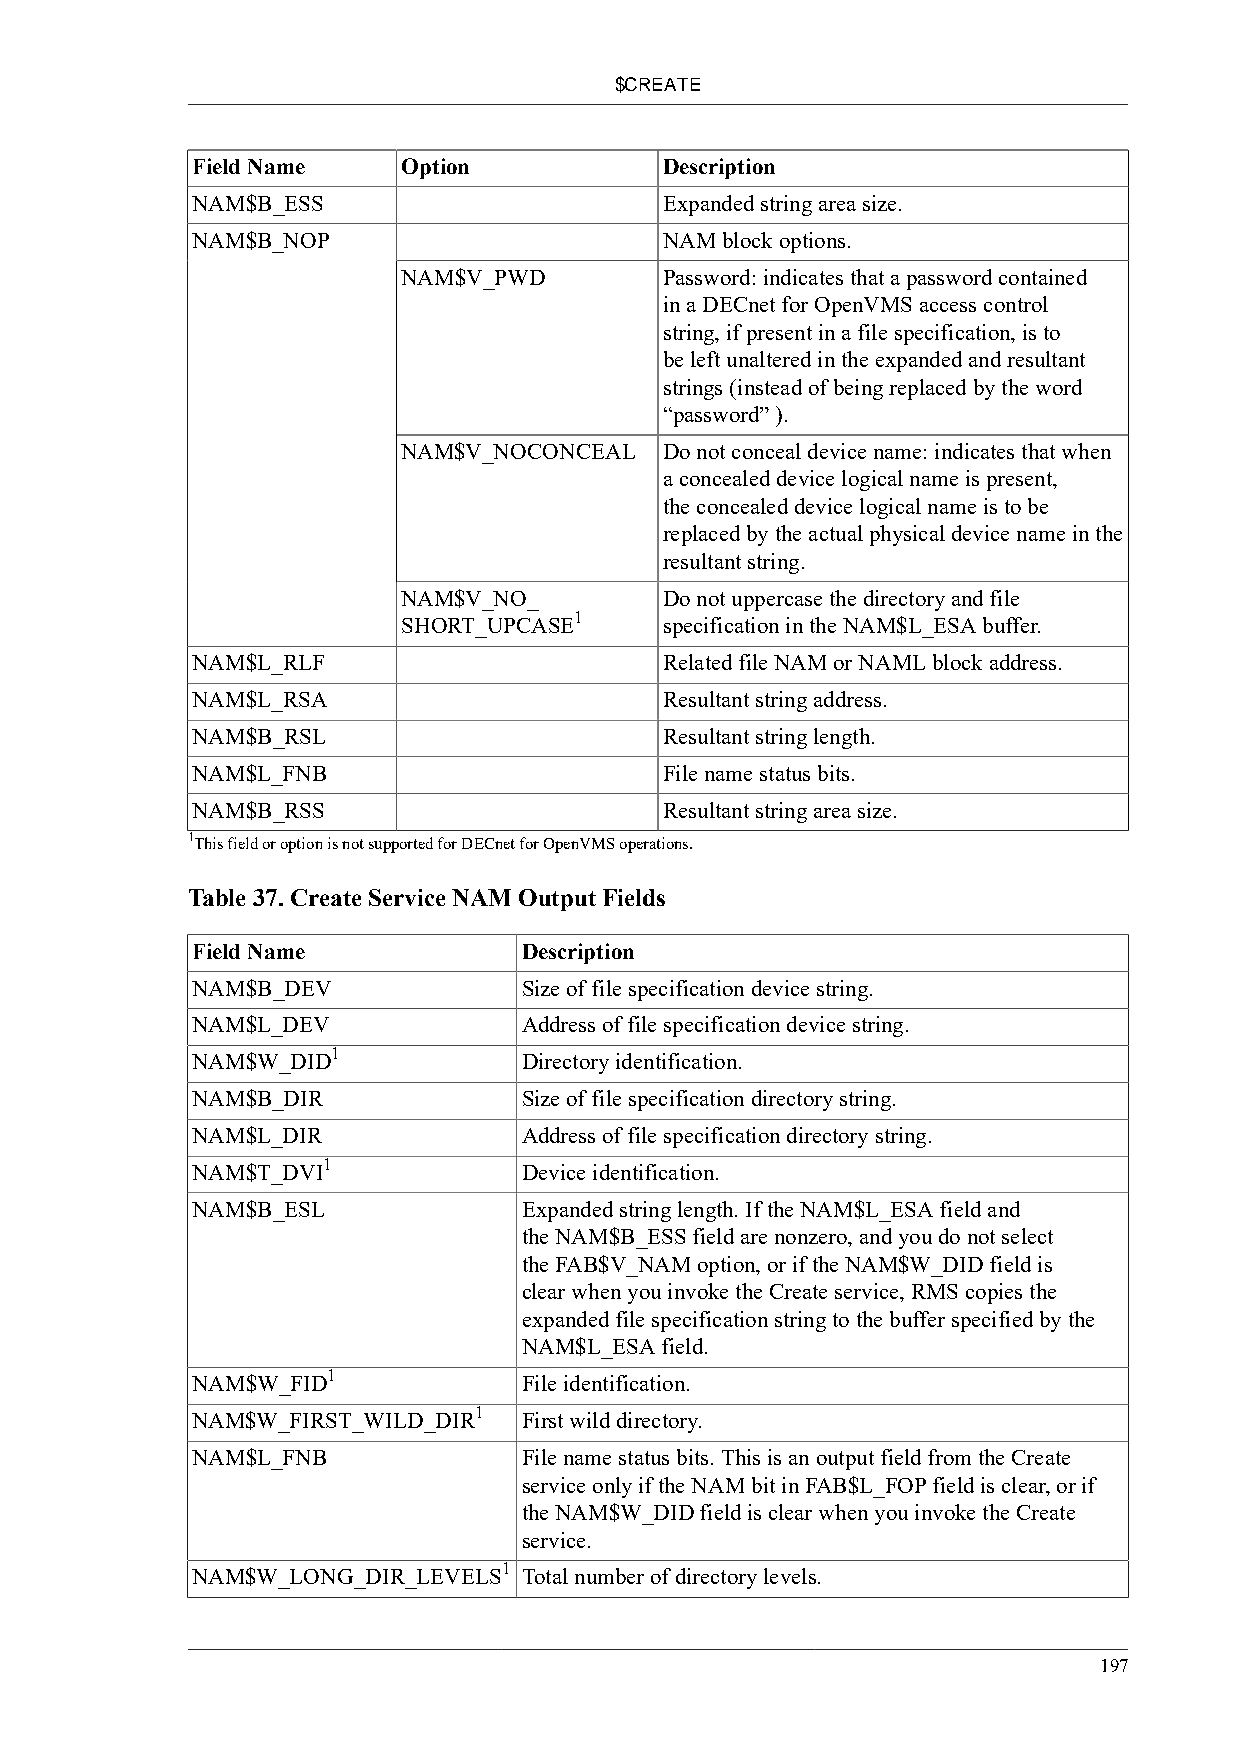
$CREATE
 Field Name    Option           Description
 NAM$B_ESS                      Expanded string area size.
 NAM$B_NOP                      NAM block options.
 NAM$V_PWD        Password: indicates that a password contained
 in a DECnet for OpenVMS access control
 string, if present in a file specification, is to
 be left unaltered in the expanded and resultant
 strings (instead of being replaced by the word
 “password” ).
 NAM$V_NOCONCEAL  Do not conceal device name: indicates that when
 a concealed device logical name is present,
 the concealed device logical name is to be
 replaced by the actual physical device name in the
 resultant string.
 NAM$V_NO_        Do not uppercase the directory and file
 1
 SHORT_UPCASE     specification in the NAM$L_ESA buffer.
 NAM$L_RLF                      Related file NAM or NAML block address.
 NAM$L_RSA                      Resultant string address.
 NAM$B_RSL                      Resultant string length.
 NAM$L_FNB                      File name status bits.
 NAM$B_RSS                      Resultant string area size.
 1This field or option is not supported for DECnet for OpenVMS operations.
 Table 37. Create Service NAM Output Fields
 Field Name            Description
 NAM$B_DEV             Size of file specification device string.
 NAM$L_DEV             Address of file specification device string.
 1
 NAM$W_DID             Directory identification.
 NAM$B_DIR             Size of file specification directory string.
 NAM$L_DIR             Address of file specification directory string.
 1
 NAM$T_DVI             Device identification.
 NAM$B_ESL             Expanded string length. If the NAM$L_ESA field and
 the NAM$B_ESS field are nonzero, and you do not select
 the FAB$V_NAM option, or if the NAM$W_DID field is
 clear when you invoke the Create service, RMS copies the
 expanded file specification string to the buffer specified by the
 NAM$L_ESA field.
 1
 NAM$W_FID             File identification.
 1
 NAM$W_FIRST_WILD_DIR  First wild directory.
 NAM$L_FNB             File name status bits. This is an output field from the Create
 service only if the NAM bit in FAB$L_FOP field is clear, or if
 the NAM$W_DID field is clear when you invoke the Create
 service.
 1
 NAM$W_LONG_DIR_LEVELS Total number of directory levels.
 197